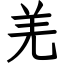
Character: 羌